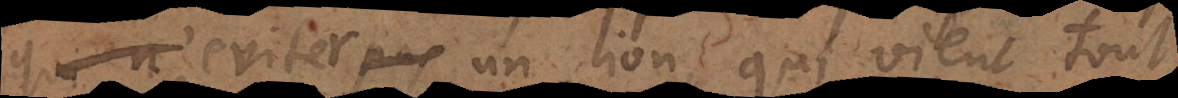
pas d’eviter un lion qui vient tout